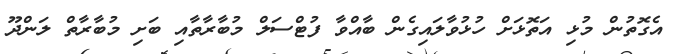
އެގޮތުން މުޅި އަތޮޅަށް ހުޅުވާލައިގެން ބާއްވާ ފުޓްސަލް މުބާރާތާއި ބަށި މުބާރާތް ލަންދޫ